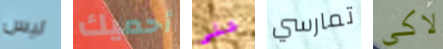
ليس أحميك على تمارسي لاكي